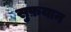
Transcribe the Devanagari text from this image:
सुफ़यान